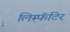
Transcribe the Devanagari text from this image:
लिम्फॅटिर